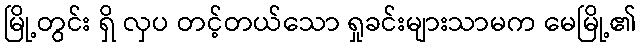
မြို့တွင်း ရှိ လှပ တင့်တယ်သော ရှုခင်းများသာမက မေမြို့၏